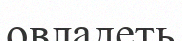
овладеть